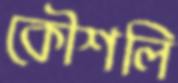
কৌশলি